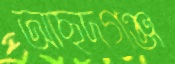
আছদগঞ্জ